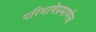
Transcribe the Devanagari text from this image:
परिभाषेप्रमाणेच